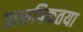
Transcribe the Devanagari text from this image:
प्रारूपिकतया